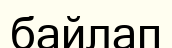
байлап